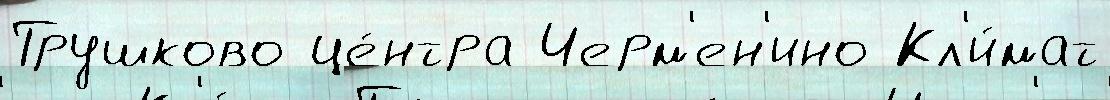
Трушково це́нтра Черм'ен'ино Кл'и́мат